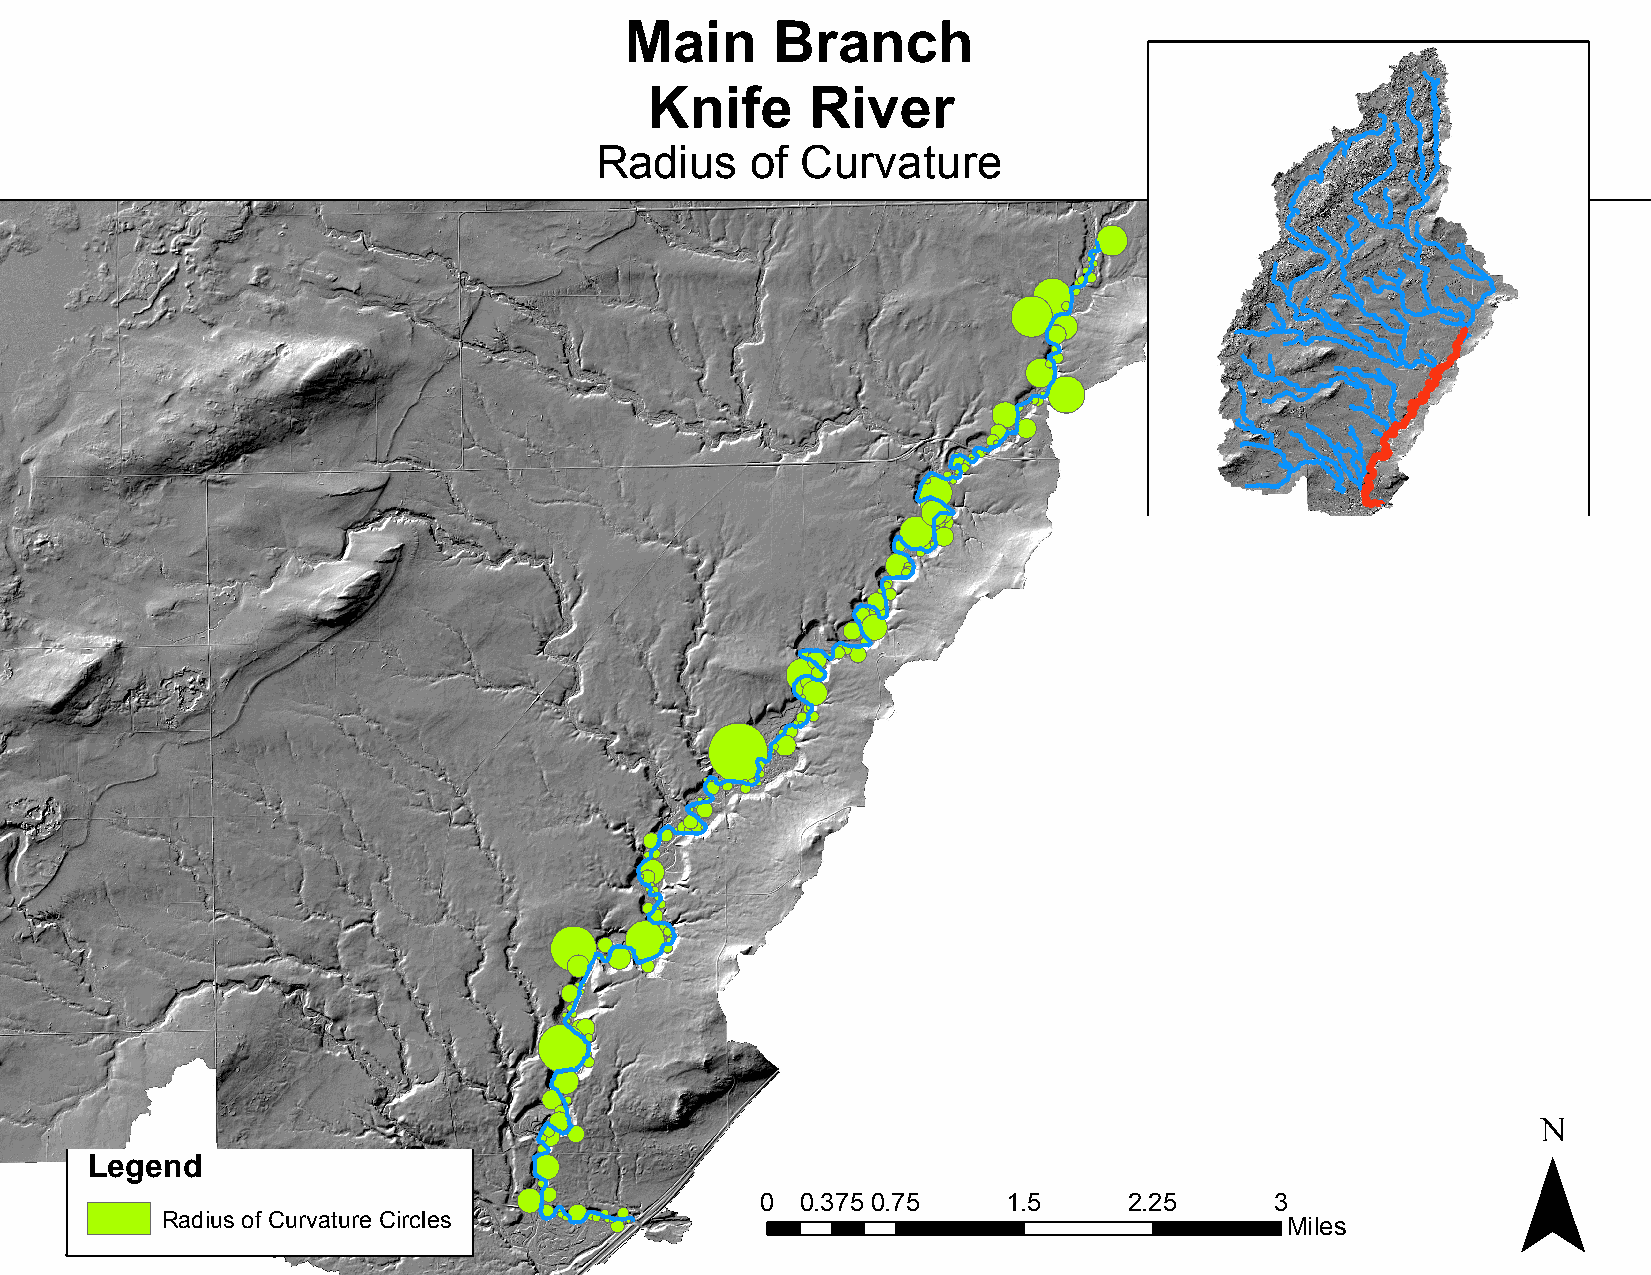
Main      Branch
 Knife      River
 Radius     of Curvature
 ¯
 Legend
 0  0.375 0.75    1.5     2.25     3
 Radius of Curvature Circles
 Mile s